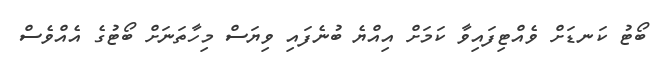
ބޯޓު ކަނޑަށް ވެއްޓިފައިވާ ކަމަށް އިއްޔެ ބުނެފައި ވިޔަސް މިހާތަނަށް ބޯޓުގެ އެއްވެސް